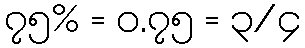
၇၅% = ၀.၇၅ = ၃/၄